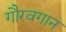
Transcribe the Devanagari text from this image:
गौरवगान